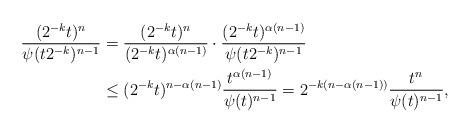
LaTeX: \begin{align*}\frac{(2^{-k}t )^n}{\psi (t 2^{-k})^{n-1}} &= \frac{(2^{-k}t )^n}{(2^{-k}t )^{\alpha(n-1)}} \cdot \frac{(2^{-k}t )^{\alpha(n-1)}}{\psi (t 2^{-k})^{n-1}}\\ &\le (2^{-k}t )^{n- \alpha(n-1)} \frac{t^{\alpha(n-1)}}{\psi(t)^{n-1}} = 2^{-k(n-\alpha(n-1))} \frac{t^n}{\psi(t)^{n-1}},\end{align*}